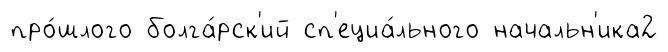
про́шлого болга́рск'ий сп'ециа́льного начальн'ика2